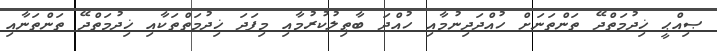
ޞިއްޙީ ޚިދުމަތްދޭ ތަންތަނަށް ހުއްދަދިނުމާއި ހުއްދަ ބާޠިލުކުރުމާއި މިފަދަ ޚިދުމަތްތަކާއި ޚިދުމަތްދޭ ތަންތަނާއި